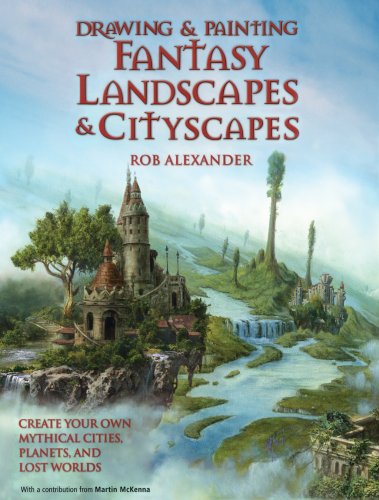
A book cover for Drawing and Painting Fantasy Landscapes and Cityscapes; Rob Alexander; Arts & Photography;